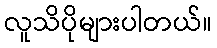
လူသိပိုများပါတယ်။